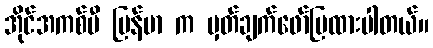
အိုင်အကစ်ပီ မြန်မာ က မှတ်ချက်ဖော်ပြထားပါတယ်။